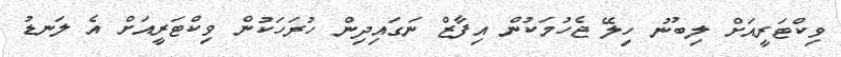
ވިކްޓަރީއަށް ލިބުނު ހިލޭ ޖެހުމަކުން އިފާޒް ނަގައިދިން ހުރަހަކުން ވިކްޓަރީއަށް އެ ލަނޑު